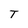
Character: T